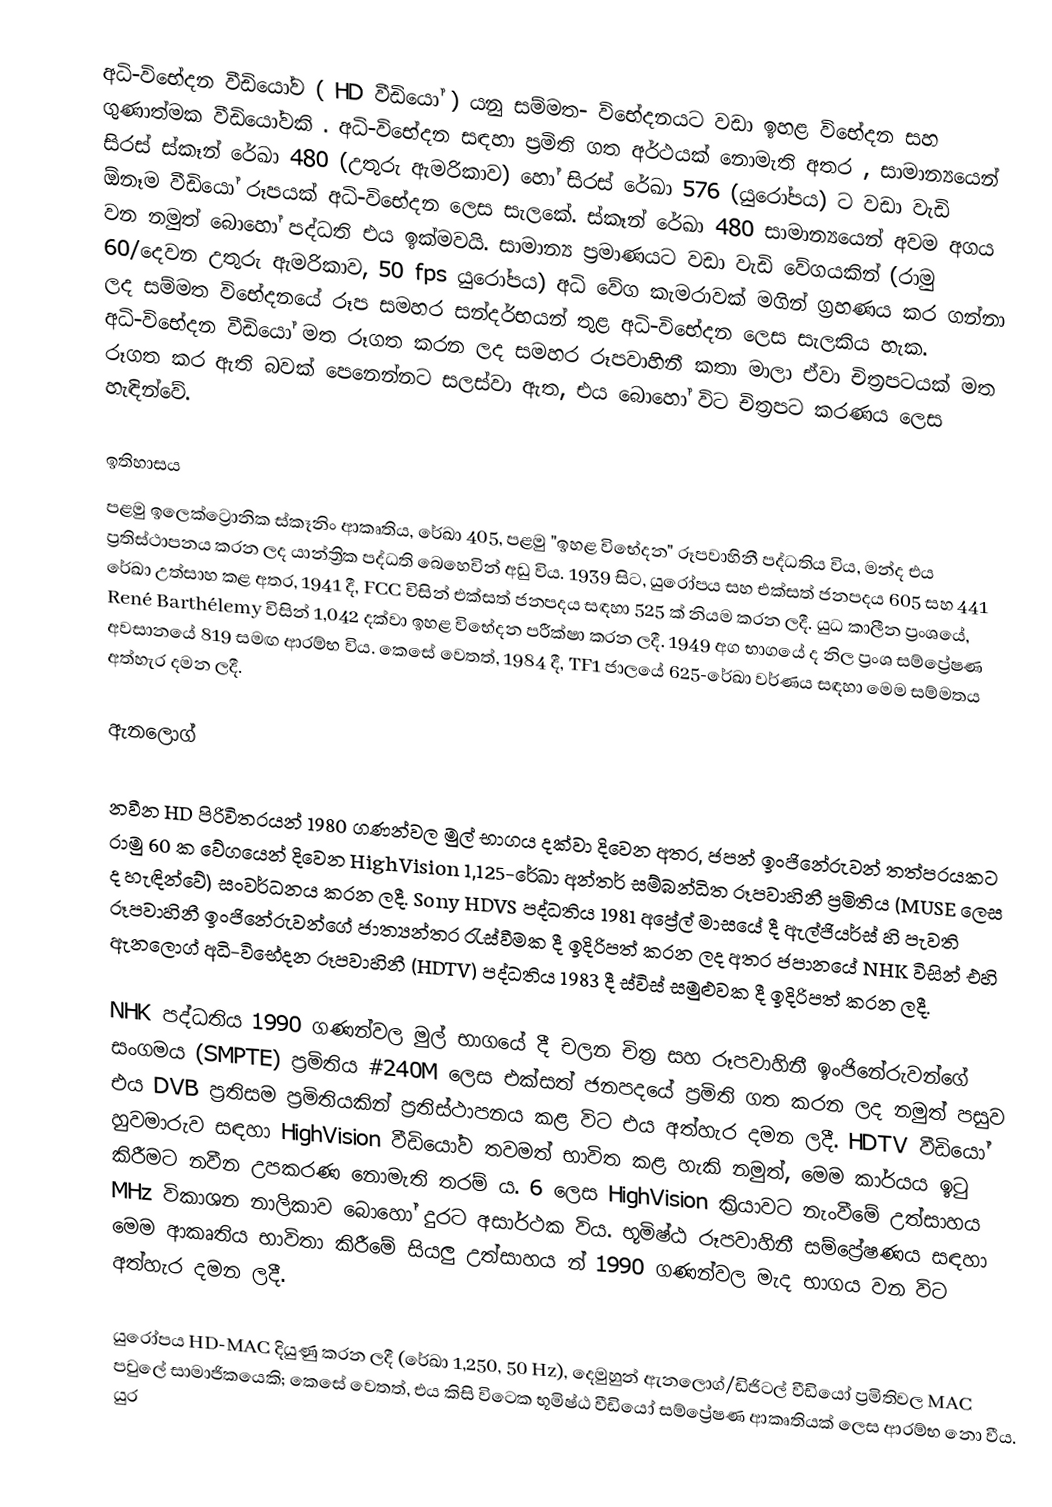
අධි-විභේදන වීඩියෝව ( HD වීඩියෝ ) යනු සම්මත- විභේදනයට වඩා ඉහළ විභේදන සහ ගුණාත්මක වීඩියෝවකි . අධි-විභේදන සඳහා ප්‍රමිති ගත අර්ථයක් නොමැති අතර , සාමාන්‍යයෙන් සිරස් ස්කෑන් රේඛා 480 (උතුරු ඇමරිකාව) හෝ සිරස් රේඛා 576 (යුරෝපය) ට වඩා වැඩි ඕනෑම වීඩියෝ රූපයක් අධි-විභේදන ලෙස සැලකේ. ස්කෑන් රේඛා 480 සාමාන්‍යයෙන් අවම අගය වන නමුත් බොහෝ පද්ධති එය ඉක්මවයි. සාමාන්‍ය ප්‍රමාණයට වඩා වැඩි වේගයකින් (රාමු 60/දෙවන උතුරු ඇමරිකාව, 50 fps යුරෝපය) අධි වේග කැමරාවක් මගින් ග්‍රහණය කර ගන්නා ලද සම්මත විභේදනයේ රූප සමහර සන්දර්භයන් තුළ අධි-විභේදන ලෙස සැලකිය හැක. අධි-විභේදන වීඩියෝ මත රූගත කරන ලද සමහර රූපවාහිනී කතා මාලා ඒවා චිත්‍රපටයක් මත රූගත කර ඇති බවක් පෙනෙන්නට සලස්වා ඇත, එය බොහෝ විට චිත්‍රපට කරණය ලෙස හැඳින්වේ.

ඉතිහාසය
පළමු ඉලෙක්ට්‍රොනික ස්කෑනිං ආකෘතිය, රේඛා 405, පළමු "ඉහළ විභේදන" රූපවාහිනී පද්ධතිය විය, මන්ද එය ප්‍රතිස්ථාපනය කරන ලද යාන්ත්‍රික පද්ධති බෙහෙවින් අඩු විය. 1939 සිට, යුරෝපය සහ එක්සත් ජනපදය 605 සහ 441 රේඛා උත්සාහ කළ අතර, 1941 දී, FCC විසින් එක්සත් ජනපදය සඳහා 525 ක් නියම කරන ලදී. යුධ කාලීන ප්‍රංශයේ, René Barthélemy විසින් 1,042 දක්වා ඉහළ විභේදන පරීක්ෂා කරන ලදී. 1949 අග භාගයේ ද නිල  ප්‍රංශ සම්ප්‍රේෂණ අවසානයේ 819 සමඟ ආරම්භ විය. කෙසේ වෙතත්, 1984 දී, TF1 ජාලයේ 625-රේඛා වර්ණය සඳහා මෙම සම්මතය අත්හැර දමන ලදී.

ඇනලොග්
 
නවීන HD පිරිවිතරයන් 1980 ගණන්වල මුල් භාගය දක්වා දිවෙන අතර, ජපන් ඉංජිනේරුවන් තත්පරයකට රාමු 60 ක වේගයෙන් දිවෙන HighVision 1,125-රේඛා අන්තර් සම්බන්ධිත රූපවාහිනී ප්‍රමිතිය (MUSE ලෙස ද හැඳින්වේ) සංවර්ධනය කරන ලදී. Sony HDVS පද්ධතිය 1981 අප්‍රේල් මාසයේ දී ඇල්ජියර්ස් හි පැවති රූපවාහිනී ඉංජිනේරුවන්ගේ ජාත්‍යන්තර රැස්වීමක දී ඉදිරිපත් කරන ලද අතර ජපානයේ NHK විසින් එහි ඇනලොග් අධි-විභේදන රූපවාහිනී (HDTV) පද්ධතිය 1983 දී ස්විස් සමුළුවක දී ඉදිරිපත් කරන ලදී.

NHK පද්ධතිය 1990 ගණන්වල මුල් භාගයේ දී චලන චිත්‍ර සහ රූපවාහිනී ඉංජිනේරුවන්ගේ සංගමය (SMPTE) ප්‍රමිතිය #240M ලෙස එක්සත් ජනපදයේ ප්‍රමිති ගත කරන ලද නමුත් පසුව එය DVB ප්‍රතිසම ප්‍රමිතියකින් ප්‍රතිස්ථාපනය කළ විට එය අත්හැර දමන ලදී. HDTV වීඩියෝ හුවමාරුව සඳහා HighVision වීඩියෝව තවමත් භාවිත කළ හැකි නමුත්, මෙම කාර්යය ඉටු කිරීමට නවීන උපකරණ නොමැති තරම් ය. 6 ලෙස HighVision ක්‍රියාවට නැංවීමේ උත්සාහය MHz විකාශන නාලිකාව බොහෝ දුරට අසාර්ථක විය. භූමිෂ්ඨ රූපවාහිනී සම්ප්‍රේෂණය සඳහා මෙම ආකෘතිය භාවිතා කිරීමේ සියලු උත්සාහය න් 1990 ගණන්වල මැද භාගය වන විට අත්හැර දමන ලදී.

යුරෝපය HD-MAC දියුණු කරන ලදී (රේඛා 1,250, 50 Hz), දෙමුහුන් ඇනලොග්/ඩිජිටල් වීඩියෝ ප්‍රමිතිවල MAC පවුලේ සාමාජිකයෙකි; කෙසේ වෙතත්, එය කිසි විටෙක භූමිෂ්ඨ වීඩියෝ සම්ප්‍රේෂණ ආකෘතියක් ලෙස ආරම්භ නො වීය. යුර